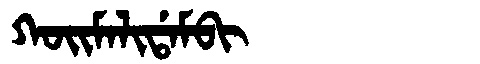
Manchu: ᡴᠣᡳᠮᠠᠯᡳᡩᠠᠮᠪᡳ
Romanization: KOIMALIDAMBI